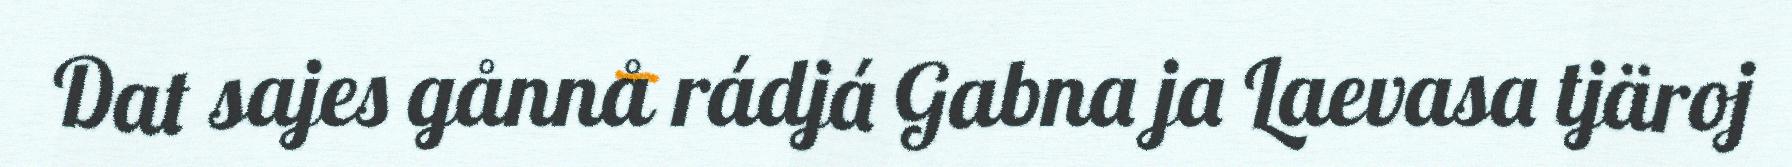
Dat sajes gånnå rádjá Gabna ja Laevasa tjäroj